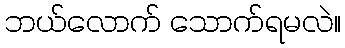
ဘယ်လောက် သောက်ရမလဲ။